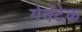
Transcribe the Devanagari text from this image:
गेनेंटेक